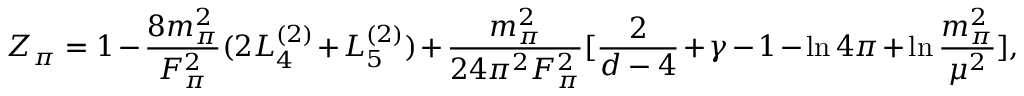
Z _ { \pi } = 1 - \frac { 8 m _ { \pi } ^ { 2 } } { F _ { \pi } ^ { 2 } } ( 2 L _ { 4 } ^ { ( 2 ) } + L _ { 5 } ^ { ( 2 ) } ) + \frac { m _ { \pi } ^ { 2 } } { 2 4 \pi ^ { 2 } F _ { \pi } ^ { 2 } } [ \frac 2 { d - 4 } + \gamma - 1 - \ln 4 \pi + \ln \frac { m _ { \pi } ^ { 2 } } { \mu ^ { 2 } } ] ,